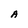
Character: A